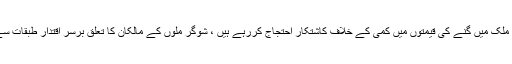
آج کل ملک میں گنے کی قیمتوں میں کمی کے خلاف کاشتکار احتجاج کررہے ہیں ، شوگر ملوں کے مالکان کا تعلق برسر اقتدار طبقات سے ہے۔